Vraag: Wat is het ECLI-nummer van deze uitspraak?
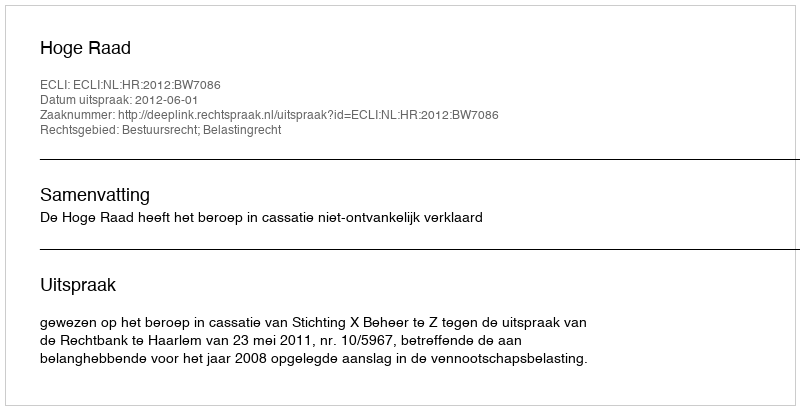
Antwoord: ECLI:NL:HR:2012:BW7086